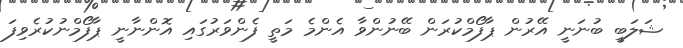
ޝަލަބީ ބުނަނީ އޭރުން ޕާފޯމްކުރަން ބޭނުންވާ އެންމެ މަތީ ފެންވަރުގައި އޮންނާނީ ޕާފޯމްނުކުރެވިފަ